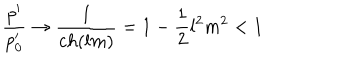
\frac { p ^ { \prime } } { p _ { 0 } ^ { \prime } } \rightarrow \frac { 1 } { c h ( l m ) } = 1 - \frac { 1 } { 2 } l ^ { 2 } m ^ { 2 } < 1